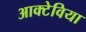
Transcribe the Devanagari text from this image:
आक्टेविया